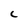
Character: C